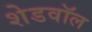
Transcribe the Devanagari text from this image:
शेडवॉल